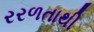
રરળતાથી